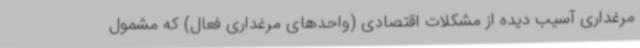
مرغداری آسیب دیده از مشکلات اقتصادی (واحدهای مرغداری فعال) که مشمول